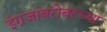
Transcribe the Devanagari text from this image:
इंग्रजांबरोबरच्या